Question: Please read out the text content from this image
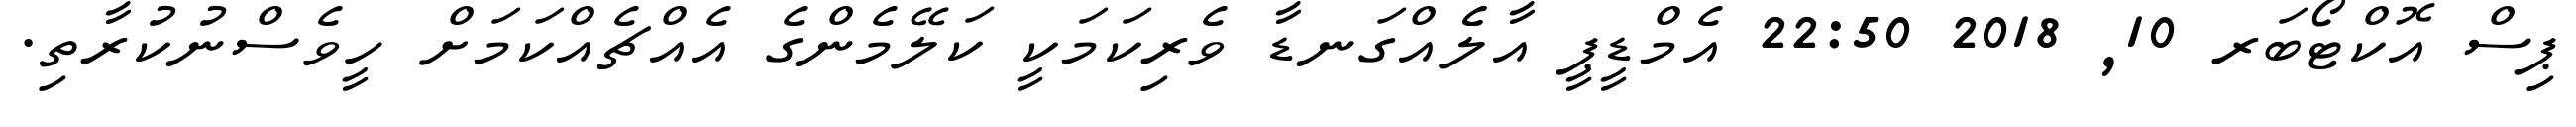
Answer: ޕިސް އޮކްޓޯބަރ 10, 2018 22:50 އެމްޑީޕީ އާލެެއްގަނޑާ ވެރިކަމަކީ ކަލޭމެންގެ އެއްޗެއްކަމަށް ހީވެސްނުކުރާތި.